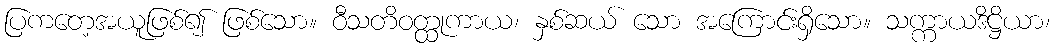
ပြကတေ့အယူဖြစ်၍ ဖြစ်သော။ ဝီသတိဝတ္ထုကာယ၊ နှစ်ဆယ် သော အကြောင်းရှိသော။ သက္ကာယဒိဋ္ဌိယာ၊